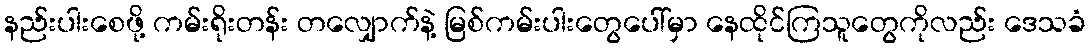
နည်းပါးစေဖို့ ကမ်းရိုးတန်း တလျှောက်နဲ့ မြစ်ကမ်းပါးတွေပေါ်မှာ နေထိုင်ကြသူတွေကိုလည်း ဒေသခံ